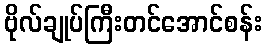
ဗိုလ်ချုပ်ကြီးတင်အောင်စန်း